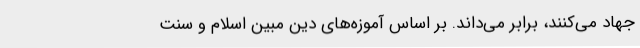
جهاد می‌کنند، برابر می‌داند. بر اساس آموزه‌های دین مبین اسلام و سنت